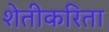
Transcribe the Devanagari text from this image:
शेतीकरिता